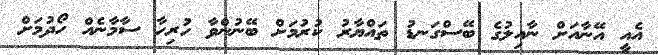
އެއީ އޭނާއަށް ނާއިލުގެ ބޭސްގަނޑު ތައްޔާރު ކުރުމަށް ބޭނުންވާ ހުރިހާ ސާމާނެއް ހޯދުމަށް